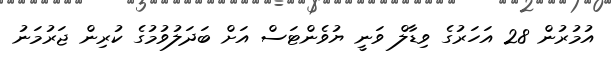
އުމުރުން 28 އަހަރުގެ ވިޑާލް ވަނީ ޔުވެންޓަސް އަށް ބަދަލުވުމުގެ ކުރިން ޖަރުމަނު